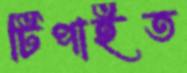
টিপাইত